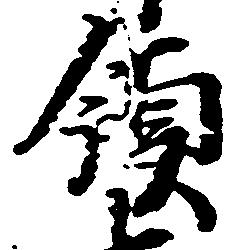
領